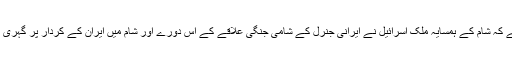
روئٹرز نے مزید لکھا ہے کہ شام کے ہمسایہ ملک اسرائیل نے ایرانی جنرل کے شامی جنگی علاقے کے اس دورے اور شام میں ایران کے کردار پر گہری تشویش کا اظہار کیا ہے۔